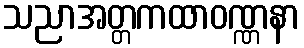
သညာအတ္တကထာဝဏ္ဏနာ